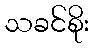
သခင်စိုး